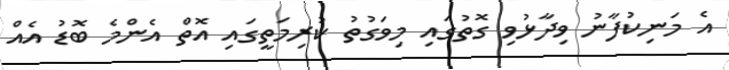
އެ މަނިކުފާނު ވިދާޅުވި ގޮތުގައި މިވަގުތު ކުރިމަތީގައި އޮތް އެންމެ ބޮޑު އެއް